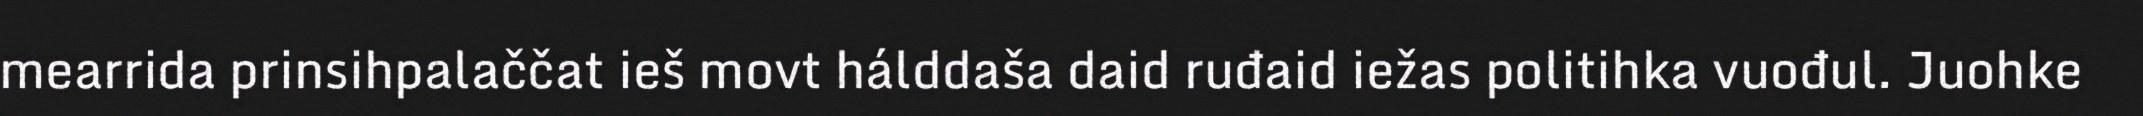
mearrida prinsihpalaččat ieš movt hálddaša daid ruđaid iežas politihka vuođul. Juohke